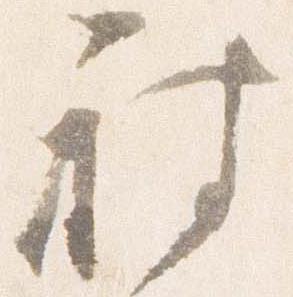
被